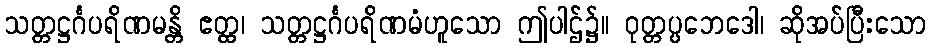
သတ္တဋ္ဌင်္ဂပရိဏမန္တိ ဧတ္ထ၊ သတ္တဋ္ဌင်္ဂပရိဏမံဟူသော ဤပါဌ်၌။ ဝုတ္တပ္ပဘေဒေါ၊ ဆိုအပ်ပြီးသော